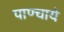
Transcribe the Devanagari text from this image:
पाण्चाये